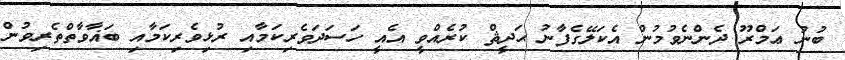
ބުނު ޢަމްރޫ ދެންނެވުމުން އެކަލޭގެފާނު ޙަދީޘް ކުރެއްވީ އެއީ ހަސަދަވެރިކަމާއި ރުޅިވެރިކަމާއި ބަޣާވާތްތެރިވުން